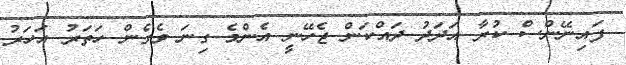
ފައިނޭންސް ކުރާ އަދަދު ދައްކަން ޖެހޭނީ އެންމެ ގިނަ ވެގެން ހަތަރު އަހަރު